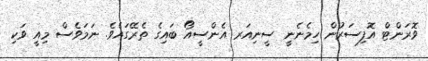
ވޮރަންޓް އޮފިސަރުން ހިމެނެނީ ސީނިއަރ އެންސީއޯ ބައިގެ ތެރޭގައެވެ. ނަމަވެސް މިއީ ވަކި